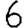
Digit: 6